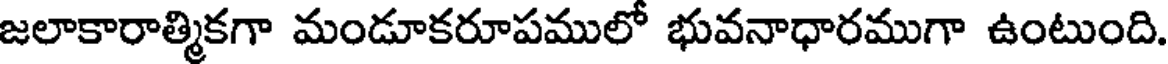
జలాకారాత్మికగా మండూకరూపములో భువనాధారముగా ఉంటుంది